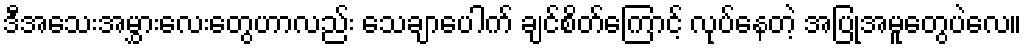
ဒီအသေးအမွှားလေးတွေဟာလည်း သေချာပေါက် ချင်စိတ်ကြောင့် လုပ်နေတဲ့ အပြုအမူတွေပဲလေ။